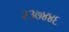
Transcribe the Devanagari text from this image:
२३७४४६